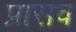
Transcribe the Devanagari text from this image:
प्रासव